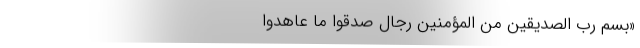
«بسم رب الصدیقین مِنَ الْمُؤْمِنِینَ رِجَالٌ صَدَقُوا مَا عَاهَدُوا